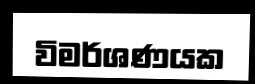
විමර්ශණයක